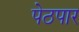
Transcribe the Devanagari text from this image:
पेठपार